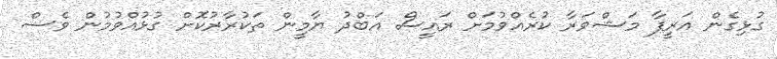
ގުޅިގެން އަރީފާ މަޝްވަރާ ކުރެއްވުމަށް ރައީސް އަބްދު ޔާމީން ތަކުރާރުކޮށް ގުޅުއްވުމުން ވެސް